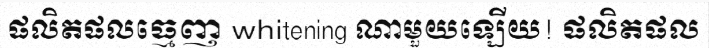
ផលិតផលធ្មេញ whitening ណាមួយឡើយ! ផលិតផល